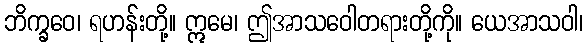
ဘိက္ခဝေ၊ ရဟန်းတို့။ ဣမေ၊ ဤအာသဝေါတရားတို့ကို။ ယေအာသဝါ၊